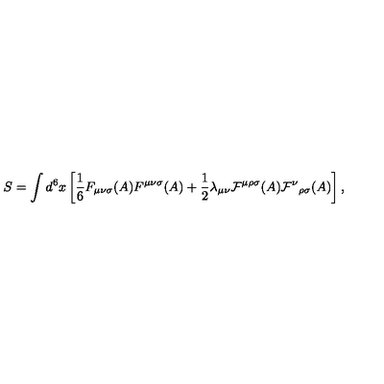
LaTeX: S = \int d ^ { 6 } x \left[ { \frac 1 6 } F _ { { \mu } { \nu } { \sigma } } ( A ) F ^ { { \mu } { \nu } { \sigma } } ( A ) + { \frac 1 2 } { \lambda } _ { { \mu } { \nu } } { \cal F } ^ { { \mu } { \rho } { \sigma } } ( A ) { { \cal F } ^ { \nu } } _ { { \rho } { \sigma } } ( A ) \right] ,